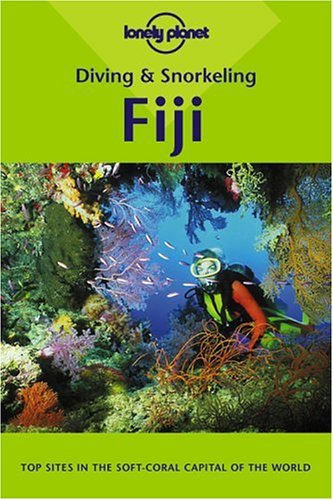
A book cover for Fiji (Lonely Planet Diving & Snorkeling Great Barrier Reef); Casey Mahaney; Travel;